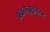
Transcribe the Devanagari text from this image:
अवनेत्रकोटर